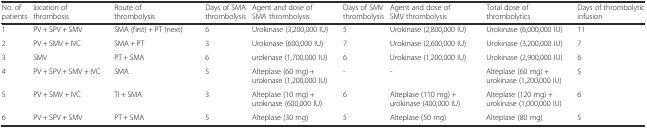
<table><thead><tr><td><b>No. of patients</b></td><td><b>location of thrombosis</b></td><td><b>Route of thrombolysis</b></td><td><b>Days of SMA thrombolysis</b></td><td><b>Agent and dose of SMA thrombolysis</b></td><td><b>Days of SMV thrombolysis</b></td><td><b>Agent and dose of SMV thrombolysis</b></td><td><b>Total dose of thrombolytics</b></td><td><b>Days of thrombolytic infusion</b></td></tr></thead><tbody><tr><td>1</td><td>PV + SPV + SMV</td><td>SMA (first) + PT (next)</td><td>6</td><td>Urokinase (3,200,000 IU)</td><td>5</td><td>Urokinase (2,800,000 IU)</td><td>Urokinase (6,000,000 IU)</td><td>11</td></tr><tr><td>2</td><td>PV + SMV + IVC</td><td>SMA + PT</td><td>3</td><td>Urokinase (600,000 IU)</td><td>7</td><td>Urokinase (2,600,000 IU)</td><td>Urokinase (3,200,000 IU)</td><td>7</td></tr><tr><td>3</td><td>SMV</td><td>PT + SMA</td><td>6</td><td>urokinase (1,700,000 IU)</td><td>6</td><td>Urokinase (1,200,000 IU)</td><td>Urokinase (2,900,000 IU)</td><td>6</td></tr><tr><td>4</td><td>PV + SPV + SMV + IVC</td><td>SMA</td><td>5</td><td>Alteplase (60 mg) + urokinase (1,200,000 IU)</td><td>-</td><td>-</td><td>Alteplase (60 mg) + urokinase (1,200,000 IU)</td><td>5</td></tr><tr><td>5</td><td>PV + SMV + IVC</td><td>TI + SMA</td><td>3</td><td>Alteplase (10 mg) + urokinase (600,000 IU)</td><td>6</td><td>Alteplase (110 mg) + urokinase (400,000 IU)</td><td>Alteplase (120 mg) + urokinase (1,000,000 IU)</td><td>6</td></tr><tr><td>6</td><td>PV + SPV + SMV</td><td>PT + SMA</td><td>5</td><td>Alteplase (30 mg)</td><td>5</td><td>Alteplase (50 mg)</td><td>Alteplase (80 mg)</td><td>5</td></tr></tbody></table>